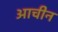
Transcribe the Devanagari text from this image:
आचीन